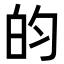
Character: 𬐄